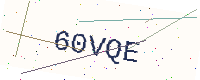
Text: 60VQE